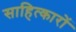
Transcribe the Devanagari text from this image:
साहित्कारों